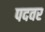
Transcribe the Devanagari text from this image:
पदवर